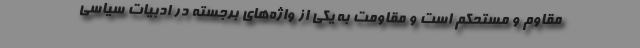
مقاوم و مستحکم است و مقاومت به یکی از واژه‌های برجسته در ادبیات سیاسی